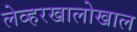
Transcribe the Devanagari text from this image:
लेव्हरखालोखाल